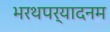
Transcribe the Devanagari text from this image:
भरथपर्यादनम